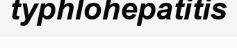
typhlohepatitis